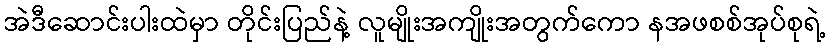
အဲဒီဆောင်းပါးထဲမှာ တိုင်းပြည်နဲ့ လူမျိုးအကျိုးအတွက်ကော နအဖစစ်အုပ်စုရဲ့